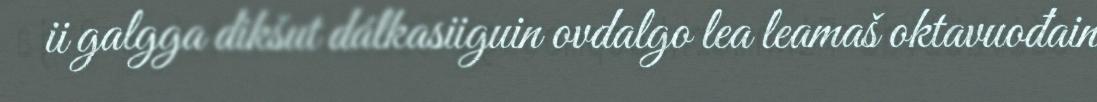
ii galgga dikšut dálkasiiguin ovdalgo lea leamaš oktavuođain